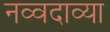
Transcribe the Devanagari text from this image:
नव्वदाव्या